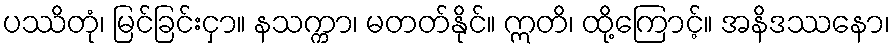
ပဿိတုံ၊ မြင်ခြင်းငှာ။ နသက္ကာ၊ မတတ်နိုင်။ ဣတိ၊ ထို့ကြောင့်။ အနိဒဿနော၊